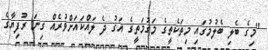
"މިގެ ބެލި ބެލުމުގައި މިތަކެތީގެ މަގުމަތީގެ އަގު ދެ ލައްކައަށްވުރެއް ގިނަ ރުފިޔާގެ